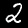
Digit: 2